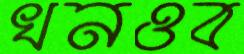
খনওব